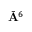
\bar { \mathbf { A } } ^ { 6 }